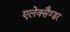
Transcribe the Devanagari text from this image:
एलेक्सैण्डर